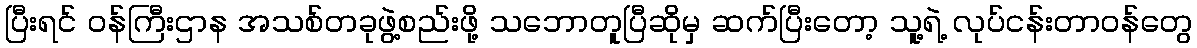
ပြီးရင် ဝန်ကြီးဌာန အသစ်တခုဖွဲ့စည်းဖို့ သဘောတူပြီဆိုမှ ဆက်ပြီးတော့ သူ့ရဲ့ လုပ်ငန်းတာဝန်တွေ